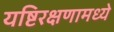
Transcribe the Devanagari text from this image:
यष्टिरक्षणामध्ये